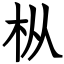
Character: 枞